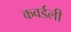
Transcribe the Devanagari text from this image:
कवर्डली